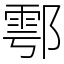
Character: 鄠